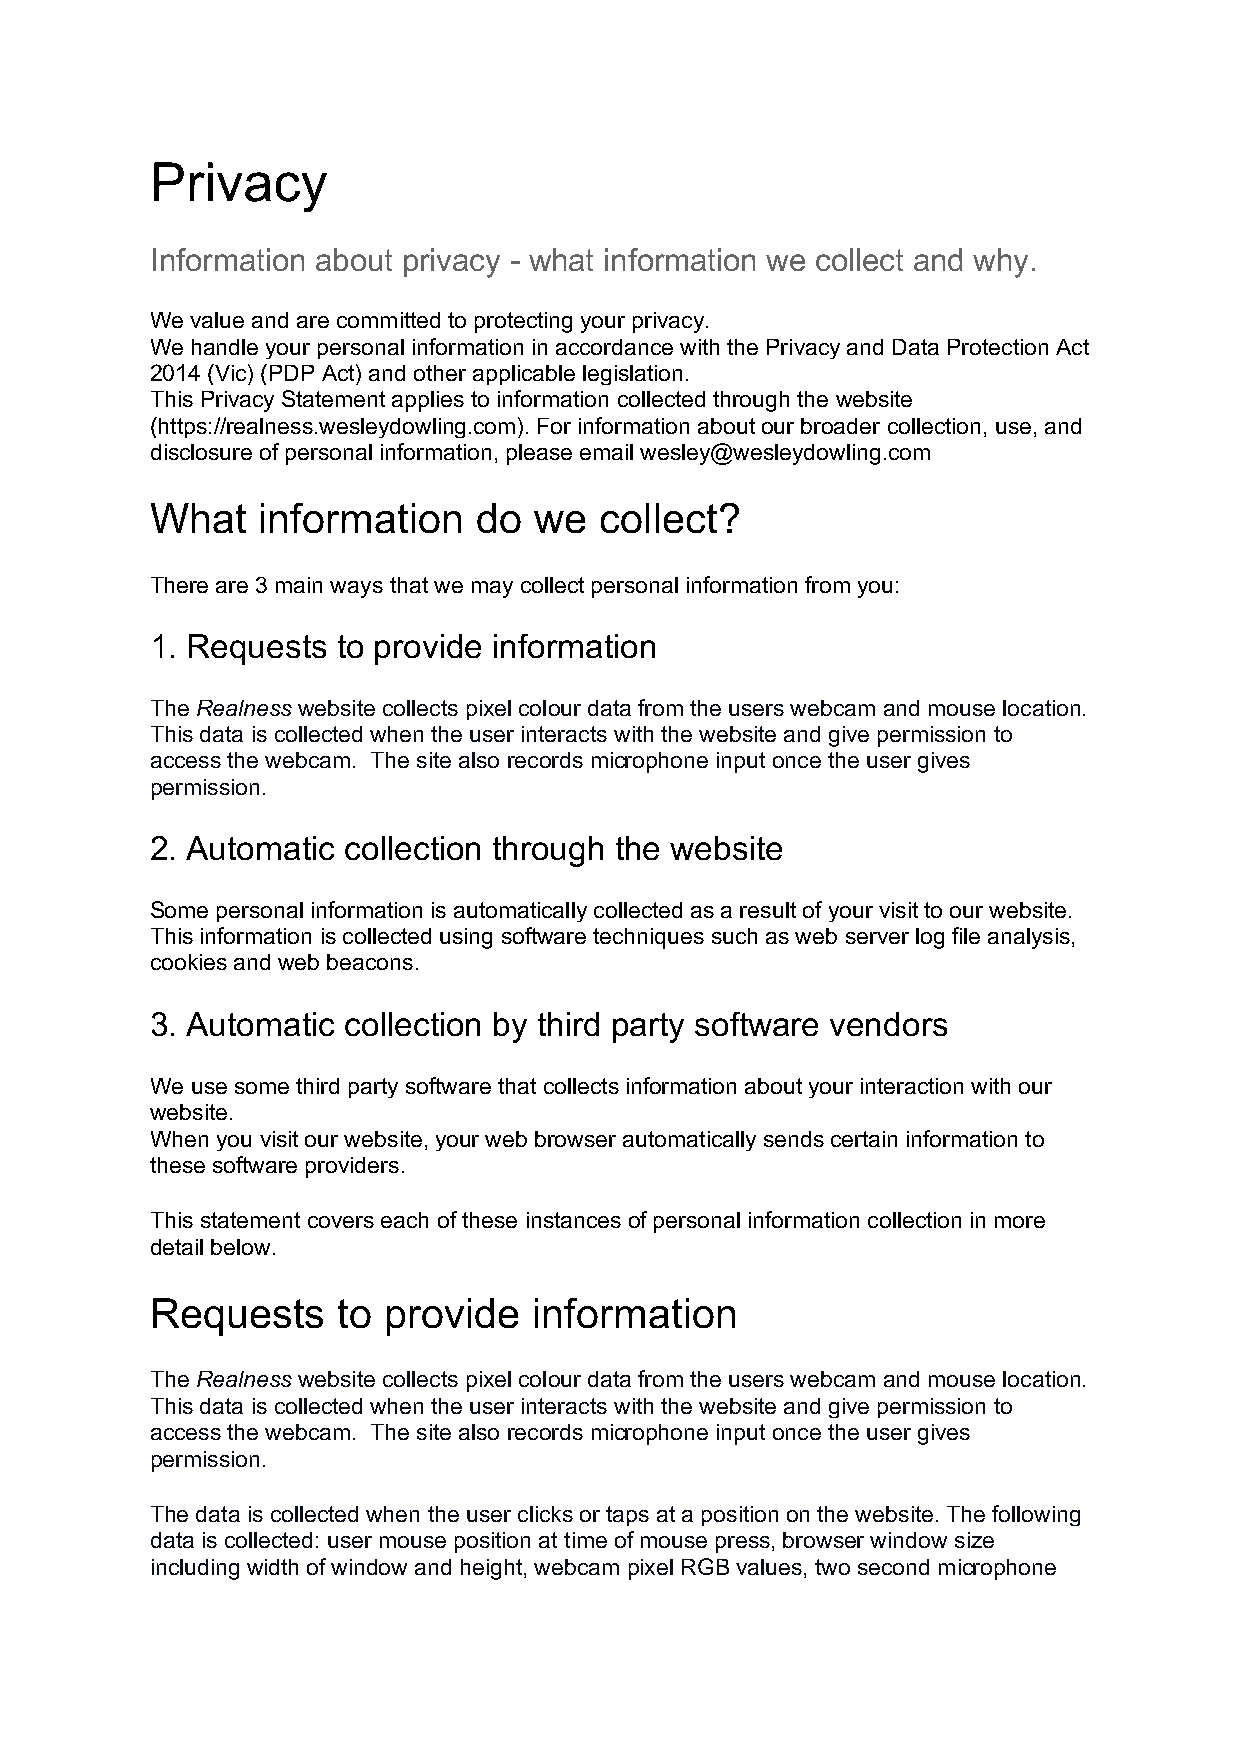
Privacy
 Information about privacy - what information we collect and why.
 We value and are committed to protecting your privacy.
 We handle your personal information in accordance with the Privacy and Data Protection Act
 2014 (Vic) (PDP Act) and other applicable legislation.
 This Privacy Statement applies to information collected through the website
 (https://realness.wesleydowling.com). For information about our broader collection, use, and
 disclosure of personal information, please email wesley@wesleydowling.com
 What   information    do we   collect?
 There are 3 main ways that we may collect personal information from you:
 1. Requests to provide information
 The Realness website collects pixel colour data from the users webcam and mouse location.
 This data is collected when the user interacts with the website and give permission to
 access the webcam. The site also records microphone input once the user gives
 permission.
 2. Automatic collection through the website
 Some personal information is automatically collected as a result of your visit to our website.
 This information is collected using software techniques such as web server log file analysis,
 cookies and web beacons.
 3. Automatic collection by third party software vendors
 We use some third party software that collects information about your interaction with our
 website.
 When you visit our website, your web browser automatically sends certain information to
 these software providers.
 This statement covers each of these instances of personal information collection in more
 detail below.
 Requests    to provide   information
 The Realness website collects pixel colour data from the users webcam and mouse location.
 This data is collected when the user interacts with the website and give permission to
 access the webcam. The site also records microphone input once the user gives
 permission.
 The data is collected when the user clicks or taps at a position on the website. The following
 data is collected: user mouse position at time of mouse press, browser window size
 including width of window and height, webcam pixel RGB values, two second microphone